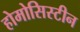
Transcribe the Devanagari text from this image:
होमोसिस्टीन